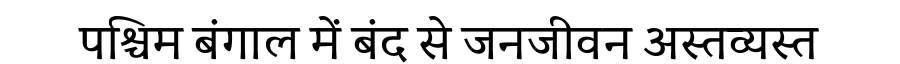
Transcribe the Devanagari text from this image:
पश्चिम बंगाल में बंद से जनजीवन अस्तव्यस्त